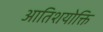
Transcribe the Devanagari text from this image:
आतिशयोक्ति